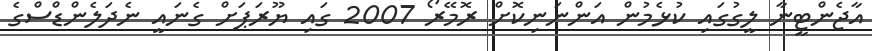
އާޖެންޓީނާ ލީގުގައި ކުޅެމުން އަންނަނިކޮށް ރޮމޭރޯ 2007 ގައި ޔޫރަޕަށް ގެނައީ ނެދަލެންޑްސްގެ